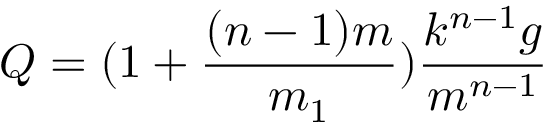
Q = ( 1 + \frac { ( n - 1 ) m } { m _ { 1 } } ) \frac { k ^ { n - 1 } g } { m ^ { n - 1 } }